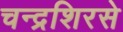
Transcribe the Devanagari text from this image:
चन्द्रशिरसे